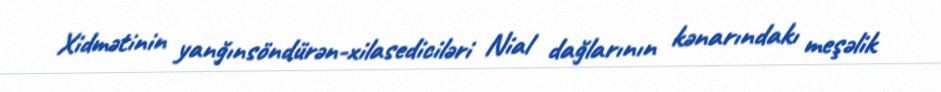
Xidmətinin yanğınsöndürən-xilasediciləri Nial dağlarının kənarındakı meşəlik